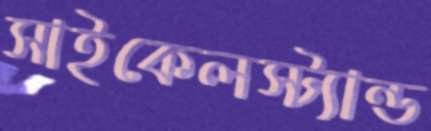
সাইকেলস্ট্যান্ড